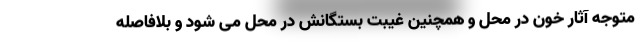
متوجه آثار خون در محل و همچنین غیبت بستگانش در محل می شود و بلافاصله